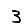
Digit: 3